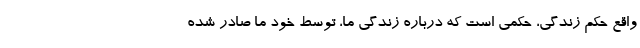
واقع حکم زندگی، حکمی است که درباره زندگی ما، توسط خود ما صادر شده